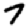
Digit: 7